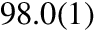
9 8 . 0 ( 1 ) \